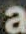
a